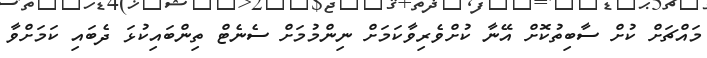
މައްޗަށް ކުށް ސާބިތުކޮށް އޭނާ ކުށްވެރިވާކަމަށް ނިންމުމަށް ސެނެޓް ތިންބައިކުޅަ ދެބައި ކަމަށްވާ